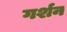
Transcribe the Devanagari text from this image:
गर्शन